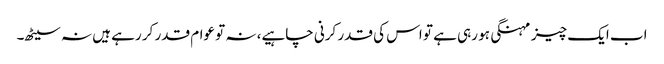
اب ایک چیز مہنگی ہو رہی ہے تو اس کی قدر کرنی چاہیے، نہ تو عوام قدر کر رہے ہیں نہ سیٹھ۔